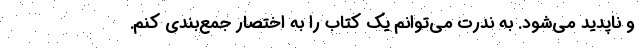
و ناپدید می‌شود. به ندرت می‌توانم یک کتاب را به اختصار جمع‌بندی کنم.